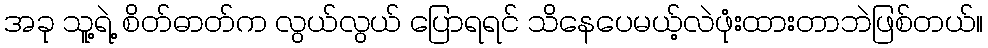
အခု သူ့ရဲ့ စိတ်ဓာတ်က လွယ်လွယ် ပြောရရင် သိနေပေမယ့်လဲဖုံးထားတာဘဲဖြစ်တယ်။